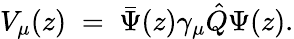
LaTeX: V_{\mu}(z)\; =\; \bar{\Psi}(z)\gamma_{\mu}\hat{Q}\Psi(z).